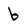
Character: b